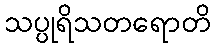
သပ္ပုရိသတရောတိ